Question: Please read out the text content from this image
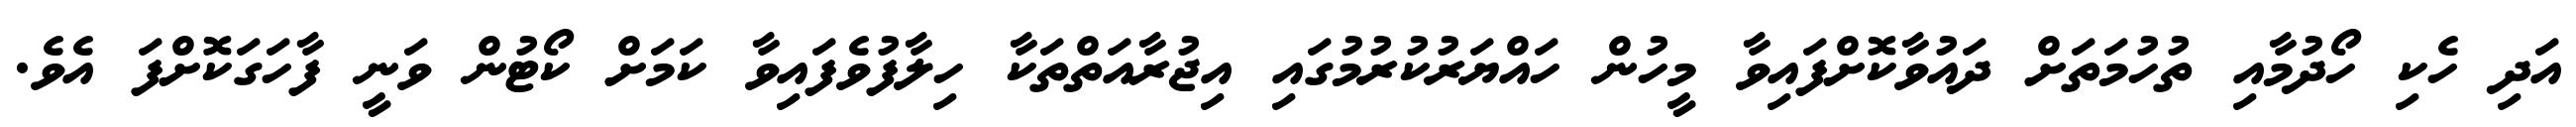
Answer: އަދި ހެކި ހޯދުމާއި ތުހުމަތަށް ދައުވާކޮށްފައިވާ މީހުން ހައްޔަރުކުރުމުގައި އިޖުރާއަތްތަކާ ހިލާފުވެފައިވާ ކަމަށް ކޯޓުން ވަނީ ފާހަގަކޮށްފަ އެވެ.